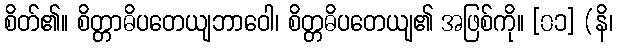
စိတ်၏။ စိတ္တာဓိပတေယျဘာဝေါ၊ စိတ္တဓိပတေယျ၏ အဖြစ်ကို။ [၀၁] (နိ၊